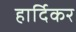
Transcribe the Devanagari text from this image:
हार्दिकर